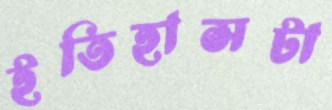
ইতিহাসটা